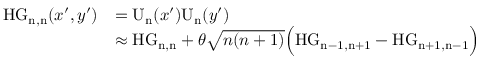
\begin{array} { r l } { \mathrm { H G _ { n , n } } ( x ^ { \prime } , y ^ { \prime } ) } & { = \mathrm { U _ { n } } ( x ^ { \prime } ) \mathrm { U _ { n } } ( y ^ { \prime } ) } \\ & { \approx \mathrm { H G _ { n , n } } + \theta \sqrt { n ( n + 1 ) } \Big ( \mathrm { H G _ { n - 1 , n + 1 } } - \mathrm { H G _ { n + 1 , n - 1 } } \Big ) } \end{array}